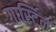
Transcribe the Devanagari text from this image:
गार्स्टिन